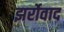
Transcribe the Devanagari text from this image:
झर्रोवाद